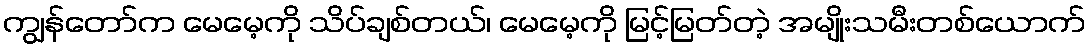
ကျွန်တော်က မေမေ့ကို သိပ်ချစ်တယ်၊ မေမေ့ကို မြင့်မြတ်တဲ့ အမျိုးသမီးတစ်ယောက်